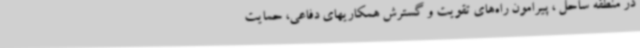
در منطقه ساحل ، پیرامون راه‌های تقویت و گسترش همکاریهای دفاعی، حمایت